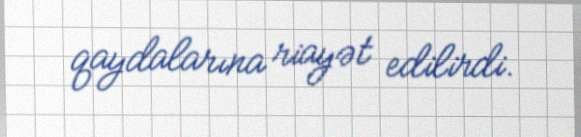
qaydalarına riayət edilirdi.